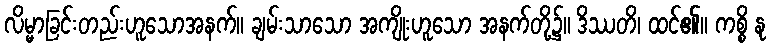
လိမ္မာခြင်းတည်းဟူသောအနက်။ ချမ်းသာသော အကျိုးဟူသော အနက်တို့၌။ ဒိဿတိ၊ ထင်၏။ ကစ္စိ နု